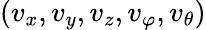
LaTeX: (v_{x},v_{y},v_{z},v_{\varphi},v_{\theta})